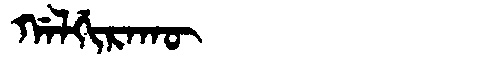
Manchu: ᡤᠠᠯᡤᡳᡵᠠᡴᡡ
Romanization: GALGIRAKŪ